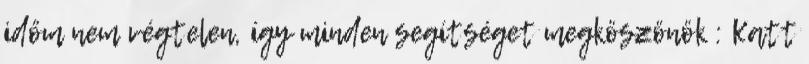
időm nem végtelen, így minden segítséget megköszönök : Katt